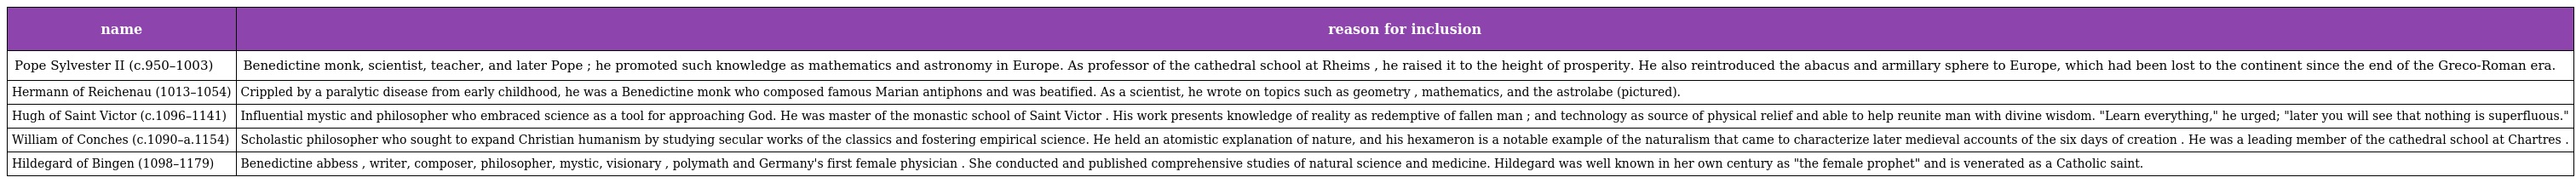
| name | reason for inclusion |
 | --- | --- |
 | Pope Sylvester II (c.950–1003) | Benedictine monk, scientist, teacher, and later Pope ; he promoted such knowledge as mathematics and astronomy in Europe. As professor of the cathedral school at Rheims , he raised it to the height of prosperity. He also reintroduced the abacus and armillary sphere to Europe, which had been lost to the continent since the end of the Greco-Roman era. |
 | Hermann of Reichenau (1013–1054) | Crippled by a paralytic disease from early childhood, he was a Benedictine monk who composed famous Marian antiphons and was beatified. As a scientist, he wrote on topics such as geometry , mathematics, and the astrolabe (pictured). |
 | Hugh of Saint Victor (c.1096–1141) | Influential mystic and philosopher who embraced science as a tool for approaching God. He was master of the monastic school of Saint Victor . His work presents knowledge of reality as redemptive of fallen man ; and technology as source of physical relief and able to help reunite man with divine wisdom. "Learn everything," he urged; "later you will see that nothing is superfluous." |
 | William of Conches (c.1090–a.1154) | Scholastic philosopher who sought to expand Christian humanism by studying secular works of the classics and fostering empirical science. He held an atomistic explanation of nature, and his hexameron is a notable example of the naturalism that came to characterize later medieval accounts of the six days of creation . He was a leading member of the cathedral school at Chartres . |
 | Hildegard of Bingen (1098–1179) | Benedictine abbess , writer, composer, philosopher, mystic, visionary , polymath and Germany's first female physician . She conducted and published comprehensive studies of natural science and medicine. Hildegard was well known in her own century as "the female prophet" and is venerated as a Catholic saint. |